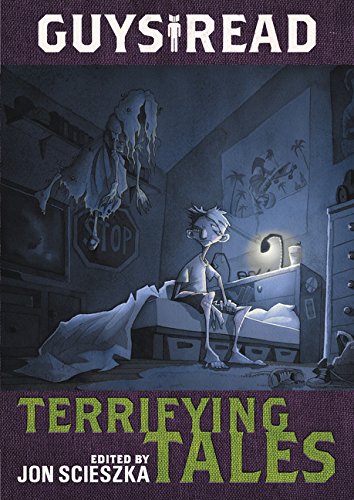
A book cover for Guys Read: Terrifying Tales; Jon Scieszka; Children's Books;